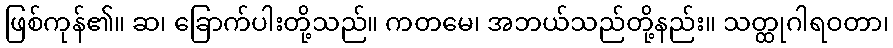
ဖြစ်ကုန်၏။ ဆ၊ ခြောက်ပါးတို့သည်။ ကတမေ၊ အဘယ်သည်တို့နည်း။ သတ္ထုဂါရဝတာ၊